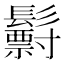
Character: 𩯧